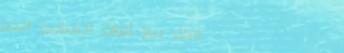
محل بيع أدوات المطبخ الحد